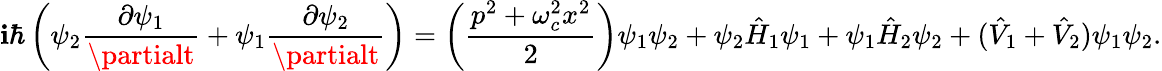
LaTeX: \mathbf{i}\hbar\left(\psi_{2}\frac{{\partial\psi_{1}}}{{\partialt}}+\psi_{1}\frac{{\partial\psi_{2}}}{{\partialt}}\right)=\left(\frac{{p^{2}+\omega_{c}^{2}x^{2}}}{{2}}\right)\psi_{1}\psi_{2}+\psi_{2}\hat{{H}}_{1}\psi_{1}+\psi_{1}\hat{{H}}_{2}\psi_{2}+(\hat{{V}}_{1}+\hat{{V}}_{2})\psi_{1}\psi_{2}.